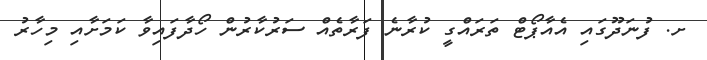
ށ. ފުނަދޫގައި އެެއާޕޯޓް ތަރައްގީ ކުރާނެ ފަރާތެއް ސަރުކާރުން ހޯދާފައިވާ ކަމަށާއި މިހާރު